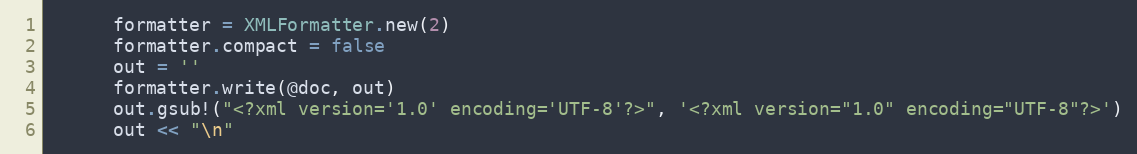
Language: Ruby
      formatter = XMLFormatter.new(2)
      formatter.compact = false
      out = ''
      formatter.write(@doc, out)
      out.gsub!("<?xml version='1.0' encoding='UTF-8'?>", '<?xml version="1.0" encoding="UTF-8"?>')
      out << "\n"